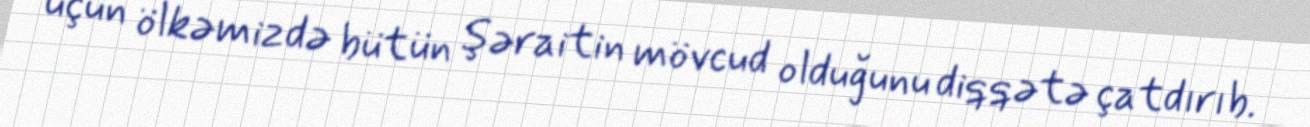
üçün ölkəmizdə bütün şəraitin mövcud olduğunu diqqətə çatdırıb.